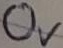
Text: 0V